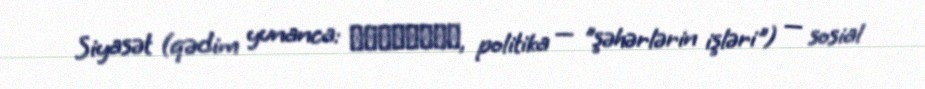
Siyasət (qədim yunanca: Πολιτικά, politika — "şəhərlərin işləri") — sosial